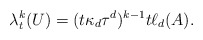
\begin{align*}\lambda_t^k(U)= (t\kappa_d \tau^d)^{k-1} t\ell_d(A).\end{align*}